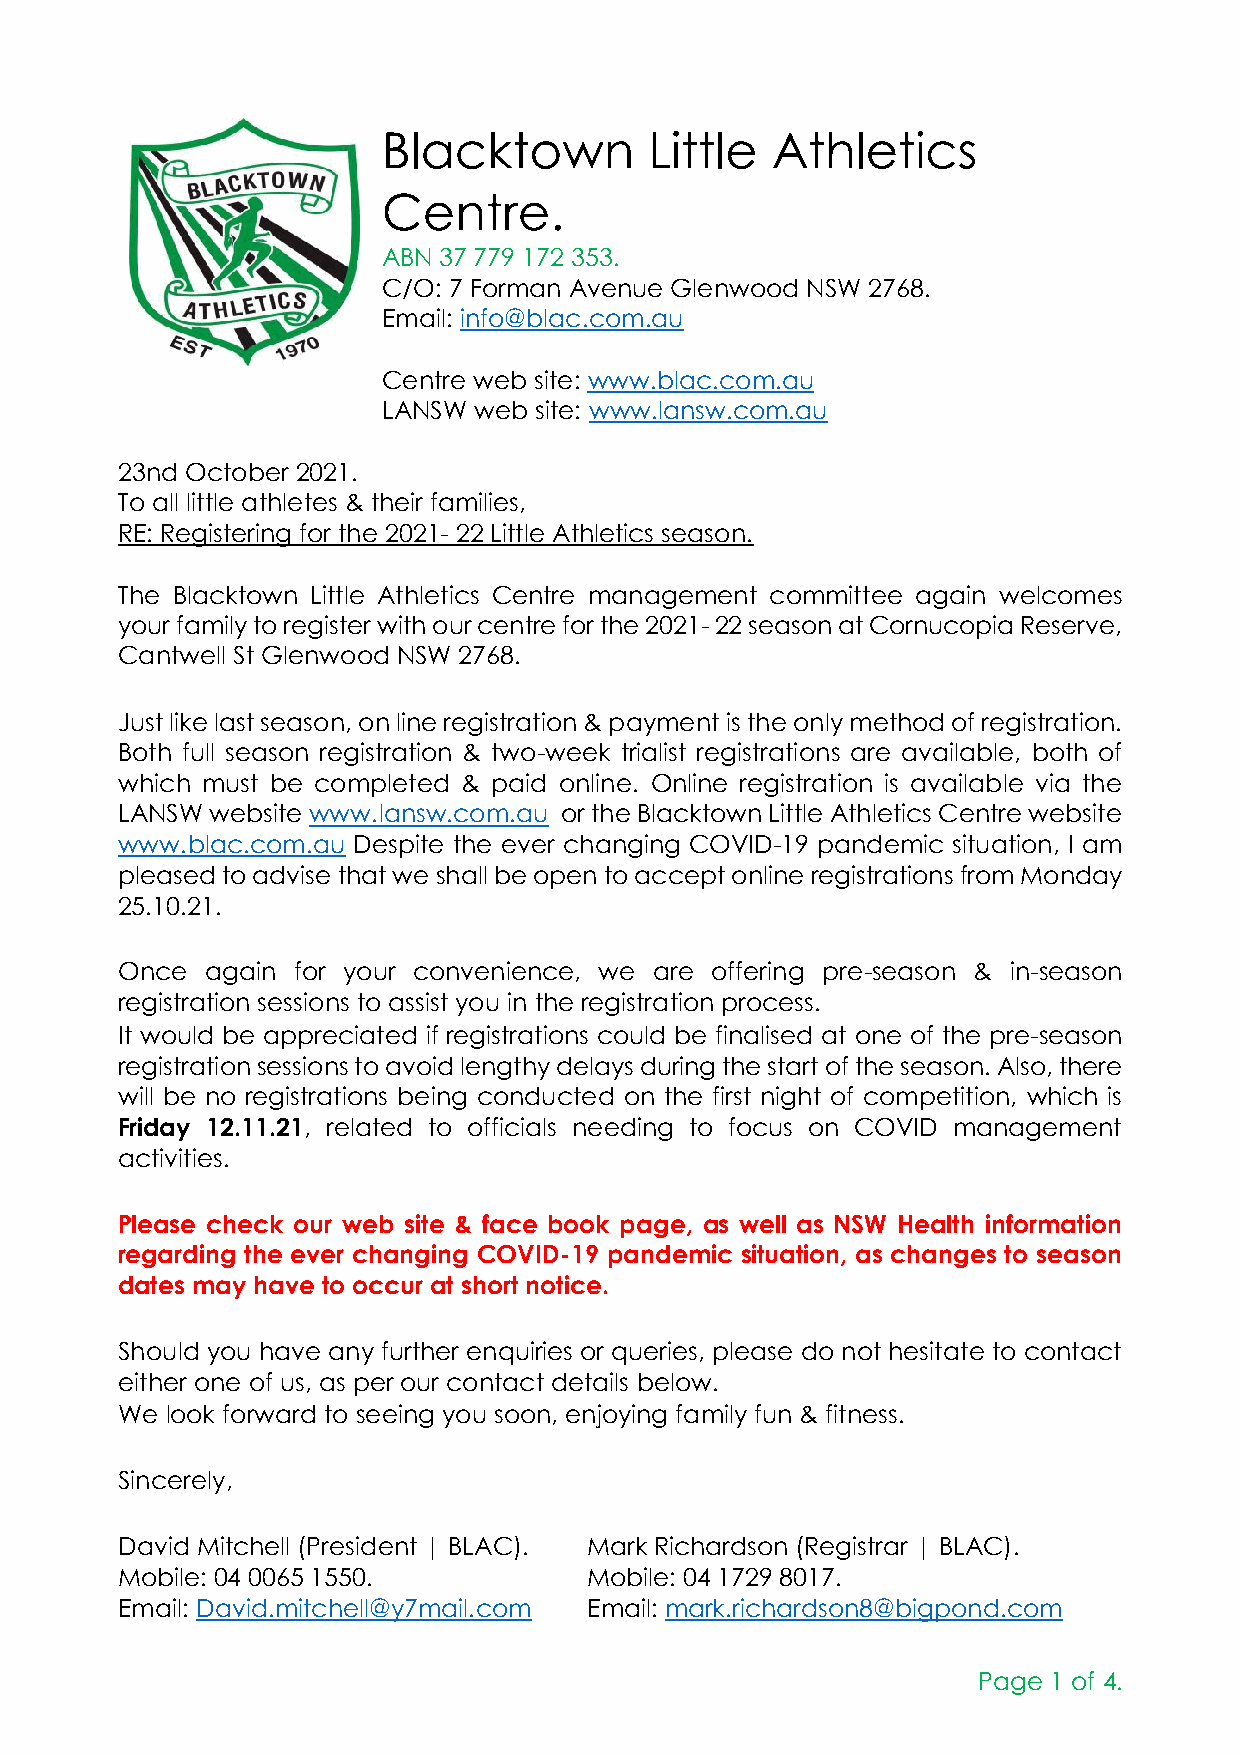
Blacktown         Little  Athletics
 Centre.
 ABN 37 779 172 353.
 C/O: 7 Forman Avenue Glenwood NSW 2768.
 Email: info@blac.com.au
 Centre web site: www.blac.com.au
 LANSW web site: www.lansw.com.au
 23nd October 2021.
 To all little athletes & their families,
 RE: Registering for the 2021- 22 Little Athletics season.
 The Blacktown Little Athletics Centre management committee again welcomes
 your family to register with our centre for the 2021- 22 season at Cornucopia Reserve,
 Cantwell St Glenwood NSW 2768.
 Just like last season, on line registration & payment is the only method of registration.
 Both full season registration & two-week trialist registrations are available, both of
 which must be completed & paid online. Online registration is available via the
 LANSW website www.lansw.com.au or the Blacktown Little Athletics Centre website
 www.blac.com.au Despite the ever changing COVID-19 pandemic situation, I am
 pleased to advise that we shall be open to accept online registrations from Monday
 25.10.21.
 Once  again for your convenience, we are offering pre-season & in-season
 registration sessions to assist you in the registration process.
 It would be appreciated if registrations could be finalised at one of the pre-season
 registration sessions to avoid lengthy delays during the start of the season. Also, there
 will be no registrations being conducted on the first night of competition, which is
 Friday 12.11.21, related to officials needing to focus on COVID management
 activities.
 Please check our web site & face book page, as well as NSW Health information
 regarding the ever changing COVID-19 pandemic situation, as changes to season
 dates may have to occur at short notice.
 Should you have any further enquiries or queries, please do not hesitate to contact
 either one of us, as per our contact details below.
 We look forward to seeing you soon, enjoying family fun & fitness.
 Sincerely,
 David Mitchell (President | BLAC). Mark Richardson (Registrar | BLAC).
 Mobile: 04 0065 1550.          Mobile: 04 1729 8017.
 Email: David.mitchell@y7mail.com Email: mark.richardson8@bigpond.com
 Page 1 of 4.